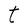
Character: t